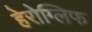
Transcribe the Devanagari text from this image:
हेरोग्लिफ